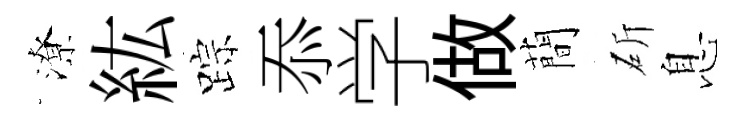
潦紘踪忝学做蕳斫息